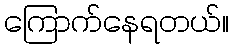
ကြောက်နေရတယ်။